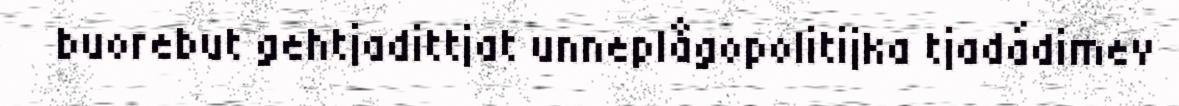
buorebut gehtjadittjat unneplågopolitijka tjadádimev